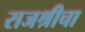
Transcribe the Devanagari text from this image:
राजश्रीचा